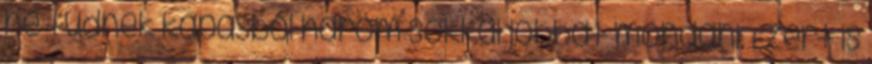
ne tudnék kapásból három sokkal jobbat mondani. Ezért is